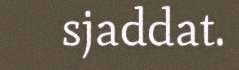
sjaddat.